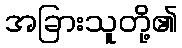
အခြားသူတို့၏